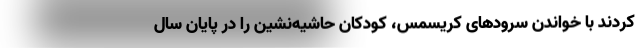
کردند با خواندن سرود‌های کریسمس، کودکان حاشیه‌نشین را در پایان سال